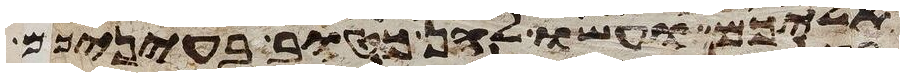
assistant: אליכם ועשו להן כטוב בעיניכם